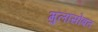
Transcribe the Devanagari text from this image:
मुलांसोबत